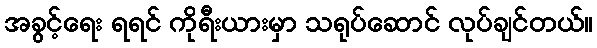
အခွင့်ရေး ရရင် ကိုရီးယားမှာ သရုပ်ဆောင် လုပ်ချင်တယ်။